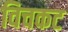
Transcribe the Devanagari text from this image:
विचकट